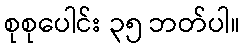
စုစုပေါင်း ၃၅ ဘတ်ပါ။